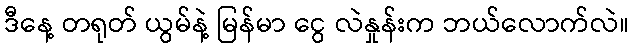
ဒီနေ့ တရုတ် ယွမ်နဲ့ မြန်မာ ငွေ လဲနှုန်းက ဘယ်လောက်လဲ။